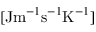
[ \mathrm { J } \mathrm { m } ^ { - 1 } \mathrm { s } ^ { - 1 } \mathrm { K } ^ { - 1 } ]